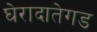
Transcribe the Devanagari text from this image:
घेरादातेगड